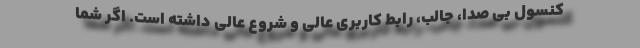
کنسول بی صدا، جالب، رابط کاربری عالی و شروع عالی داشته است. اگر شما